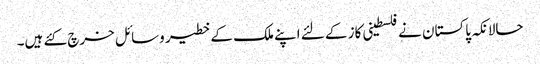
حالانکہ پاکستان نے فلسطینی کاز کے لئے اپنے ملک کے خطیر وسائل خرچ کئے ہیں۔